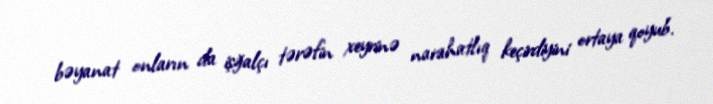
bəyanat onların da işğalçı tərəfin xeyrinə narahatlıq keçirdiyini ortaya qoyub.